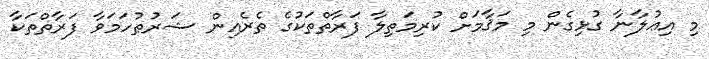
މި އިޢުލާނާ ގުޅިގެން މި މަޤާމަށް ކުރިމަތިލާ ފަރާތްތަކުގެ ތެރެއިން ޝަރުޠުހަމަވާ ފަރާތްތަކާ